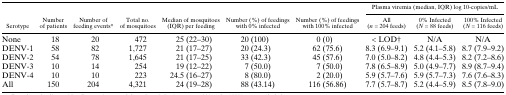
| <ROWSPAN=2> Serotype | <ROWSPAN=2> Number of patients | <ROWSPAN=2> Number of feeding events* | <ROWSPAN=2> Total no. of mosquitoes | <ROWSPAN=2> Median of mosquitoes (IQR) per feeding | <ROWSPAN=2> Number (%) of feedings with 0% infected | <ROWSPAN=2> Number (%) of feedings with 100% infected | <COLSPAN=3> Plasma viremia (median, IQR) log 10-copies/mL |
 | All (n = 204 feeds) | 0% Infected (N = 88 feeds) | 100% Infected (N = 116 feeds) |
 | --- | --- | --- | --- | --- | --- | --- | --- | --- | --- |
 | None | 18 | 20 | 472 | 25 (22–30) | 20 (100) | 0 (0) | < LOD† | N/A | N/A |
 | DENV-1 | 58 | 82 | 1,727 | 21 (17–27) | 20 (24.3) | 62 (75.6) | 8.3 (6.9–9.1) | 5.2 (4.1–5.8) | 8.7 (7.9–9.2) |
 | DENV-2 | 54 | 78 | 1,645 | 21 (17–25) | 33 (42.3) | 45 (57.6) | 7.0 (5.0–8.2) | 4.8 (4.4–5.3) | 8.2 (7.2–8.6) |
 | DENV-3 | 10 | 14 | 254 | 19 (12–22) | 7 (50.0) | 7 (50.0) | 7.8 (6.5–8.9) | 5.0 (4.9–7.7) | 8.9 (8.7–9.4) |
 | DENV-4 | 10 | 10 | 223 | 24.5 (16–27) | 8 (80.0) | 2 (20.0) | 5.9 (5.7–7.6) | 5.9 (5.7–7.3) | 7.6 (7.6–8.3) |
 | All | 150 | 204 | 4,321 | 24 (19–28) | 88 (43.14) | 116 (56.86) | 7.7 (5.7–8.7) | 5.2 (4.4–5.9) | 8.5 (7.8–9.0) |